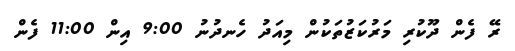
ރޭ ފެން ދޫކުރި މަރުކަޒުތަކުން މިއަދު ހެނދުނު 9:00 އިން 11:00 ފެން